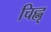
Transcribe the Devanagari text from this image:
चिह्नृ